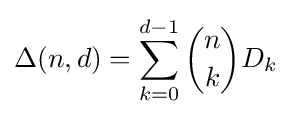
\Delta (n,d)=\sum _{k=0}^{d-1}{\binom {n}{k}}D_{k}